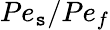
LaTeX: Pe_{\mathtt{s}}/Pe_{f}